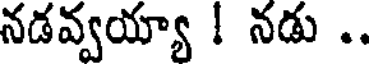
నడవ్వయ్యా ! నడు ..